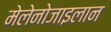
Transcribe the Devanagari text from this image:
मेलेनोजाइलान